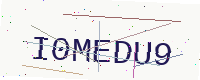
Text: I0MEDU9